Insane asylums Bombay 1873-77 - 1873-1877
Year: 1873
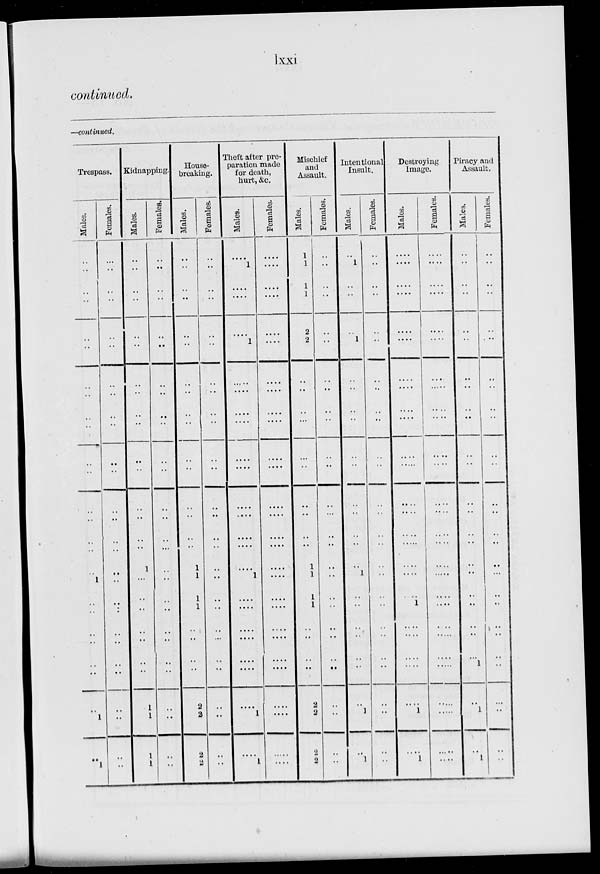
lxxi
continued.
—continued.
Trespass.
Males.
..
..
..
..
..
..
..
..
..
..
..
..
..
..
..
..
..
1
..
..
..
..
..
..
..
1
..
1
Females.
..
..
..
..
..
..
..
..
..
..
..
..
..
..
..
..
..
..
..
..
..
..
..
..
..
..
..
..
Kidnapping.
Males.
..
..
..
..
..
..
..
..
..
..
..
..
..
..
..
..
1
..
..
..
..
..
..
..
1
1
1
1
Females.
..
..
..
..
..
..
..
..
..
..
..
..
..
..
..
..
..
..
..
..
..
..
..
..
..
..
..
..
House-
breaking.
Males.
..
..
..
..
..
..
..
..
..
..
..
..
..
..
..
..
1
1
1
1
..
..
..
..
2
2
2
2
Females.
..
..
..
..
..
..
..
..
..
..
..
..
..
..
..
..
..
..
..
..
..
..
..
..
..
..
..
..
Theft after pre-
paration made
for death,
hurt, &c.
Males.
....
1
....
....
....
1
....
....
....
....
....
....
....
....
....
....
....
1
....
....
....
....
....
....
....
1
....
1
Females.
....
....
....
....
....
....
....
....
....
....
....
....
....
....
....
....
....
....
....
....
....
....
....
....
....
....
....
....
Mischief
and
Assault.
Males.
..
1
1
1
2
2
..
..
..
...
..
..
..
..
..
..
1
1
1
1
..
..
..
..
2
2
2
2
Females.
..
..
..
..
..
..
..
..
..
..
..
..
..
...
..
..
..
..
..
..
..
..
..
..
..
..
..
..
Intentional
Insult.
Males.
..
1
..
..
..
1
..
..
..
..
..
..
..
..
..
..
..
1
..
..
..
..
..
..
..
1
..
1
Females.
..
..
..
..
..
..
..
..
..
..
..
..
..
..
..
..
..
..
..
..
..
..
..
..
..
..
..
..
Destroying
Image.
Males.
....
....
....
....
....
....
....
....
....
....
....
....
....
....
....
....
....
....
....
1
....
....
....
....
....
1
....
1
Females.
....
....
....
....
....
....
...
....
....
....
....
....
....
....
....
....
....
....
....
....
....
....
....
....
....
....
....
....
Piracy and
Assault.
Males.
..
..
..
..
..
..
..
..
..
..
..
..
..
..
..
..
..
..
..
..
..
..
..
1
..
1
..
1
Females.
..
..
..
..
..
..
..
..
..
..
..
..
..
..
..
..
..
..
..
..
..
..
..
..
..
..
..
..